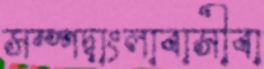
সম্পদ্‌বাংলাবাসীবা